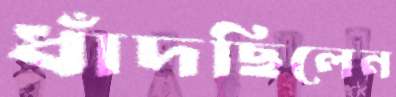
ধাঁদছিলেন